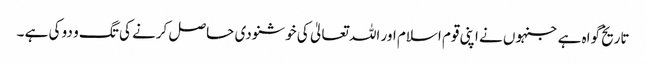
تاریخ گواہ ہے جنہوں نے اپنی قوم اسلام اور اللہ تعالیٰ کی خوشنودی حاصل کرنے کی تگ و دو کی ہے ۔